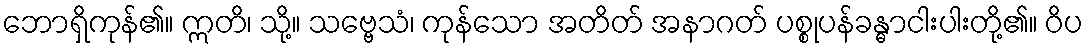
ဘောရှိကုန်၏။ ဣတိ၊ သို့။ သဗ္ဗေသံ၊ ကုန်သော အတိတ် အနာဂတ် ပစ္စုပန်ခန္ဓာငါးပါးတို့၏။ ဝိပ